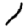
Digit: 1